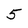
Character: 5